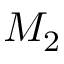
M _ { 2 }